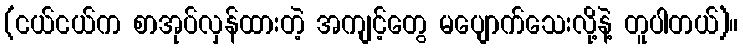
(ငယ်ငယ်က စာအုပ်လှန်ထားတဲ့ အကျင့်တွေ မပျောက်သေးလို့နဲ့ တူပါတယ်)။